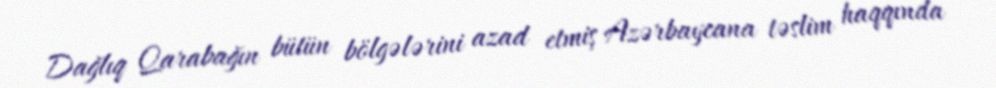
Dağlıq Qarabağın bütün bölgələrini azad etmiş Azərbaycana təslim haqqında